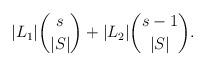
LaTeX: \begin{align*} |L_1|\binom{s}{|S|} + |L_2|\binom{s-1}{|S|}. \end{align*}